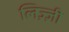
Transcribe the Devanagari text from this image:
लिज़्ज़ी